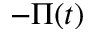
- \Pi ( t )